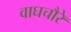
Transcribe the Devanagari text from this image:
वाघचौरे